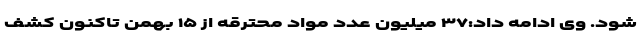
شود. وی ادامه داد:۳۷ میلیون عدد مواد محترقه از ۱۵ بهمن تاکنون کشف